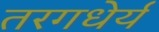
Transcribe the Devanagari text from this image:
तरगधेर्य